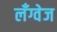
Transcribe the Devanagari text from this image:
लॅंग्वेज